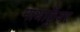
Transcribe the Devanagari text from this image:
माथाकुँवर